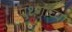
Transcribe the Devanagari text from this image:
प्रश्णांच्या